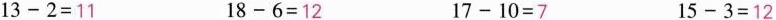
$$1 3 - 2 = 1 1$$ $$1 8 - 6 = 1 2$$ $$1 7 - 1 0 = 7$$ $$1 5 - 3 = 1 2$$